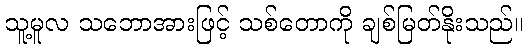
သူ့မူလ သဘောအားဖြင့် သစ်တောကို ချစ်မြတ်နိုးသည်။